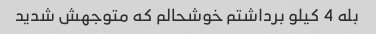
بله 4 کیلو برداشتم خوشحالم که متوجهش شدید